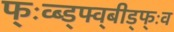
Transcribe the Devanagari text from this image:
फ्ःव्ब्ड्फ्व्बीड्फ्ःव